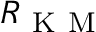
R _ { \mathrm { ~ K ~ M ~ } }